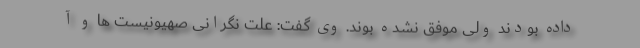
داده بودند ولی موفق نشده بوند. وی گفت: علت نگرانی صهیونیست ها و آ